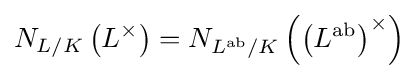
N_{L/K}\left(L^{\times }\right)=N_{L^{\text{ab}}/K}\left(\left(L^{\text{ab}}\right)^{\times }\right)